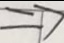
\Rightarrow